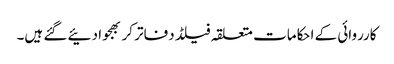
کارروائی کے احکامات متعلقہ فیلڈ دفاتر کر بھجوا دئیے گئے ہیں۔